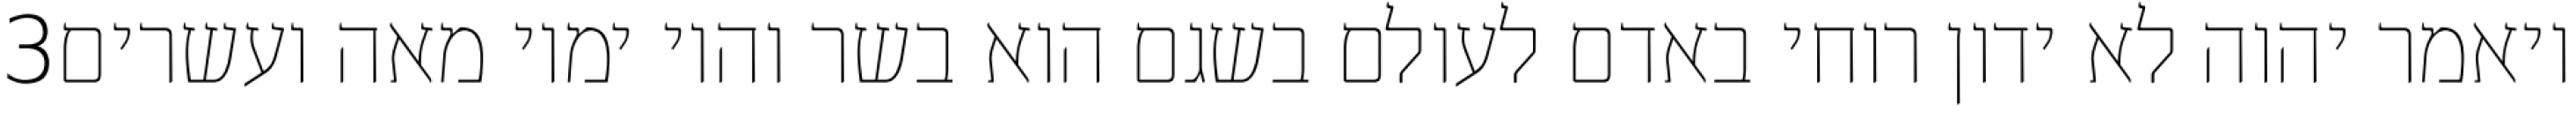
‎3‏ ויאמר יהוה לא ידון רוחי באדם לעולם בשגם הוא בשר והיו ימיו מאה ועשרים